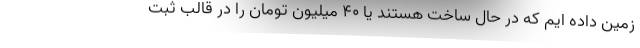
زمین داده ایم که در حال ساخت هستند یا ۴۰ میلیون تومان را در قالب ثبت